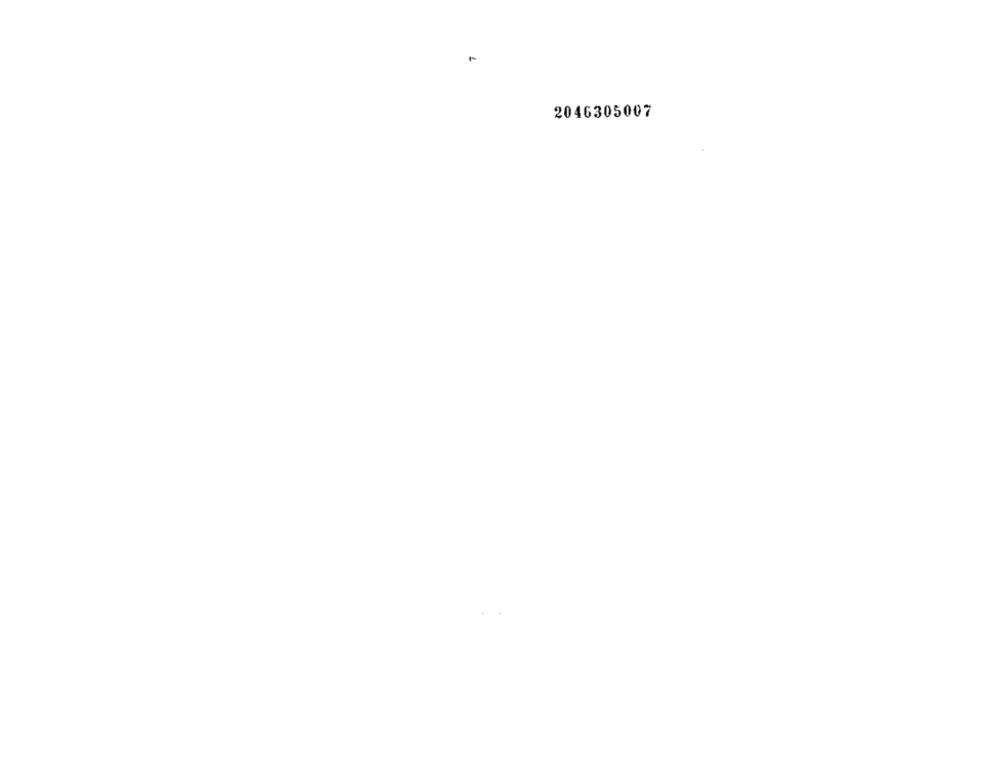
2046305007